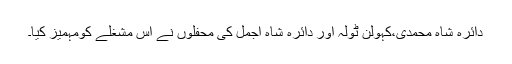
دائرہ شاہ محمدی،کہولن ٹولہ اور دائرہ شاہ اجمل کی محفلوں نے اس مشغلے کومہمیز کیا۔